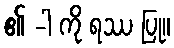
၏ -ါ ကို ရဿ ပြု။